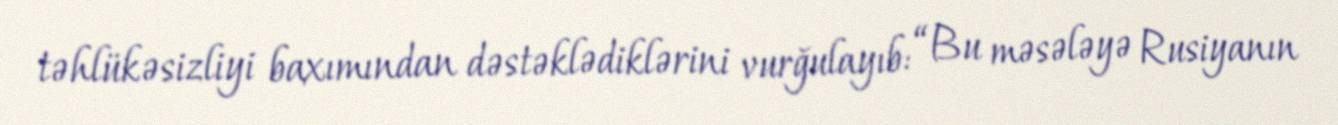
təhlükəsizliyi baxımından dəstəklədiklərini vurğulayıb: “Bu məsələyə Rusiyanın